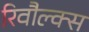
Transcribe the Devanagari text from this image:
रिवौल्क्स